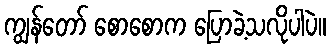
ကျွန်တော် စောစောက ပြောခဲ့သလိုပါပဲ။